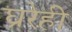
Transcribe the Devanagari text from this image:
घ्ररेही